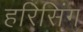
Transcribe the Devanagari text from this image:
हरिसिंग